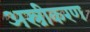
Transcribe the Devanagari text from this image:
अस्त्रीकरण